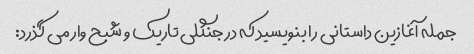
جمله آغازین داستانی را بنویسید که در جنگلی تاریک و شبح وار می گذرد: